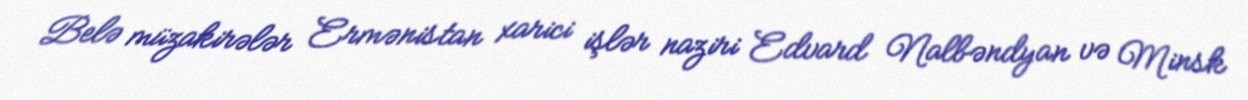
Belə müzakirələr Ermənistan xarici işlər naziri Edvard Nalbəndyan və Minsk